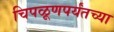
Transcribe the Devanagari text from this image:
चिपळूणपर्यंतच्या